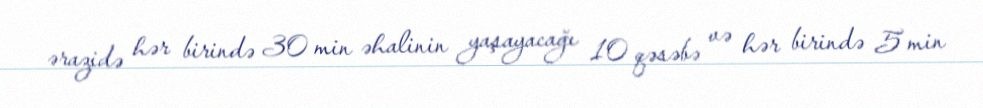
ərazidə hər birində 30 min əhalinin yaşayacağı 10 qəsəbə və hər birində 5 min